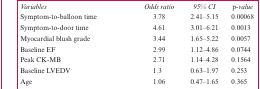
| Variables | Odds ratio | 95% CI | p-value |
 | --- | --- | --- | --- |
 | Symptom-to-balloon time | 3.78 | 2.41–5.15 | 0.00068 |
 | Symptom-to-door time | 4.61 | 3.01–6.21 | 0.0013 |
 | Myocardial blush grade | 3.44 | 1.65–5.22 | 0.0057 |
 | Baseline EF | 2.99 | 1.12–4.86 | 0.0744 |
 | Peak CK-MB | 2.71 | 1.14–4.28 | 0.1564 |
 | Baseline LVEDV | 1.3 | 0.63–1.97 | 0.253 |
 | Age | 1.06 | 0.47–1.65 | 0.365 |